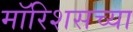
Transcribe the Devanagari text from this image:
मॉरिशसच्या